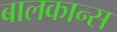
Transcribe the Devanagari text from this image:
बालकान्स